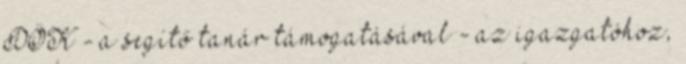
DÖK - a segítő tanár támogatásával - az igazgatóhoz,